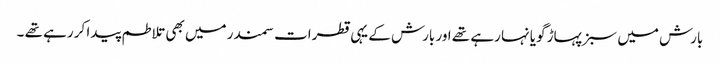
بارش میں سبز پہاڑ گویا نہا رہے تھے اور بارش کے یہی قطرات سمندر میں بھی تلاطم پیدا کر رہے تھے ۔